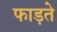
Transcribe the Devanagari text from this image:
फाड़ते